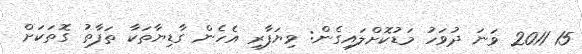
15 2011 ވަނަ ދުވަހު މަޑުކޮށްލައިގެން: ވިޔަފާރި އެހެން ގާޑިޔާތަކާ ތަފާތު ގޮތަކަށް